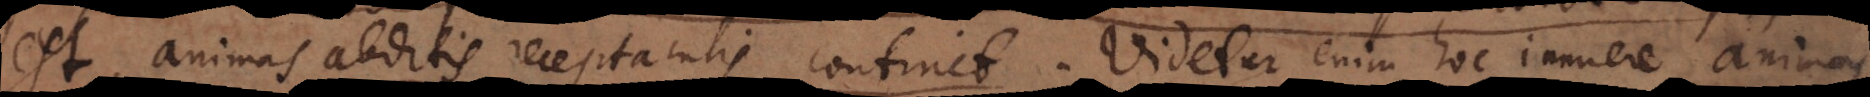
est, animas abditis receptaculis continet. Videtur enim hoc innuere animas